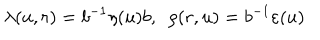
\lambda ( u , r ) = b ^ { - 1 } \eta ( u ) b , \ \ \rho ( r , u ) = b ^ { - 1 } \varepsilon ( u )